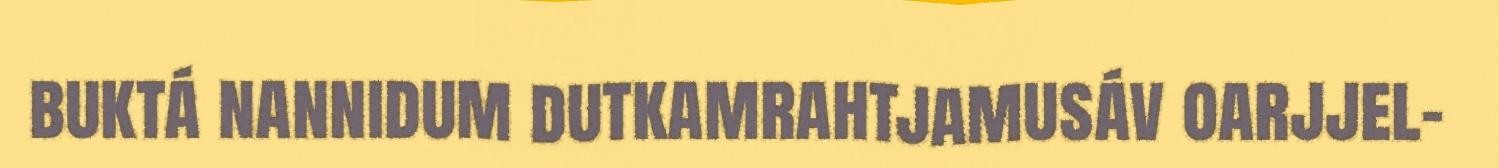
buktá nannidum dutkamrahtjamusáv oarjjel-